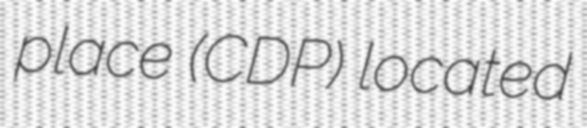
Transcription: place (CDP) located